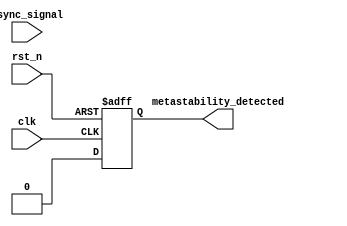
module metastability_detector (
    input wire clk,                  // Clock signal
    input wire rst_n,                // Active low reset signal
    input wire async_signal,          // Asynchronous input signal
    output reg metastability_detected // Output signal indicating metastability
);

// Parameter for the number of clock cycles to check for metastability
parameter METASTABILITY_CYCLES = 3;

// Internal signals
reg ff1_out;                        // Output of the first flip-flop
reg [METASTABILITY_CYCLES-1:0] metastability_counter; // Counter for metastability detection

// First D Flip-Flop
always @(posedge clk or negedge rst_n) begin
    if (!rst_n) begin
        ff1_out <= 1'b0; // Reset the first flip-flop output
    end else begin
        ff1_out <= async_signal; // Sample the asynchronous signal
    end
end

// Second D Flip-Flop
reg ff2_out; // Output of the second flip-flop
always @(posedge clk or negedge rst_n) begin
    if (!rst_n) begin
        ff2_out <= 1'b0; // Reset the second flip-flop output
    end else begin
        ff2_out <= ff1_out; // Sample the output of the first flip-flop
    end
end

// Metastability Detection Logic
always @(posedge clk or negedge rst_n) begin
    if (!rst_n) begin
        metastability_counter <= 0; // Clear the counter on reset
        metastability_detected <= 1'b0; // Clear the detection flag
    end else begin
        // Check if the first flip-flop output is stable
        if (ff1_out == 1'b0 || ff1_out == 1'b1) begin
            metastability_counter <= 0; // Reset counter if stable
            metastability_detected <= 1'b0; // No metastability detected
        end else begin
            // Increment the counter if metastability is detected
            if (metastability_counter < (METASTABILITY_CYCLES - 1)) begin
                metastability_counter <= metastability_counter + 1;
            end else begin
                metastability_detected <= 1'b1; // Assert metastability detected
            end
        end
    end
end

endmodule